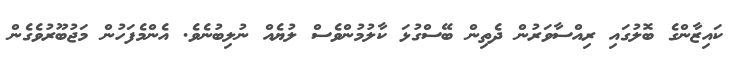
ކައިޒާންގެ ބޮލުގައި ރިއްސާވަރުން ދެތިން ބޭސްގުޅަ ކާލުމުންވެސް ލުޔެއް ނުލިބުނެވެ. އެންމެފަހުން މަޖުބޫރުވެގެން